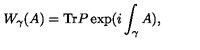
W _ { \gamma } ( A ) = \mathrm { T r } P \exp ( i \int _ { \gamma } A ) ,